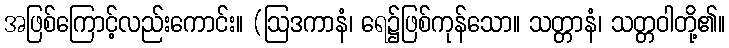
အဖြစ်ကြောင့်လည်းကောင်း။ (ဩဒကာနံ၊ ရေ၌ဖြစ်ကုန်သော။ သတ္တာနံ၊ သတ္တဝါတို့၏။